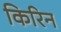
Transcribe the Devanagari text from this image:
किरिन